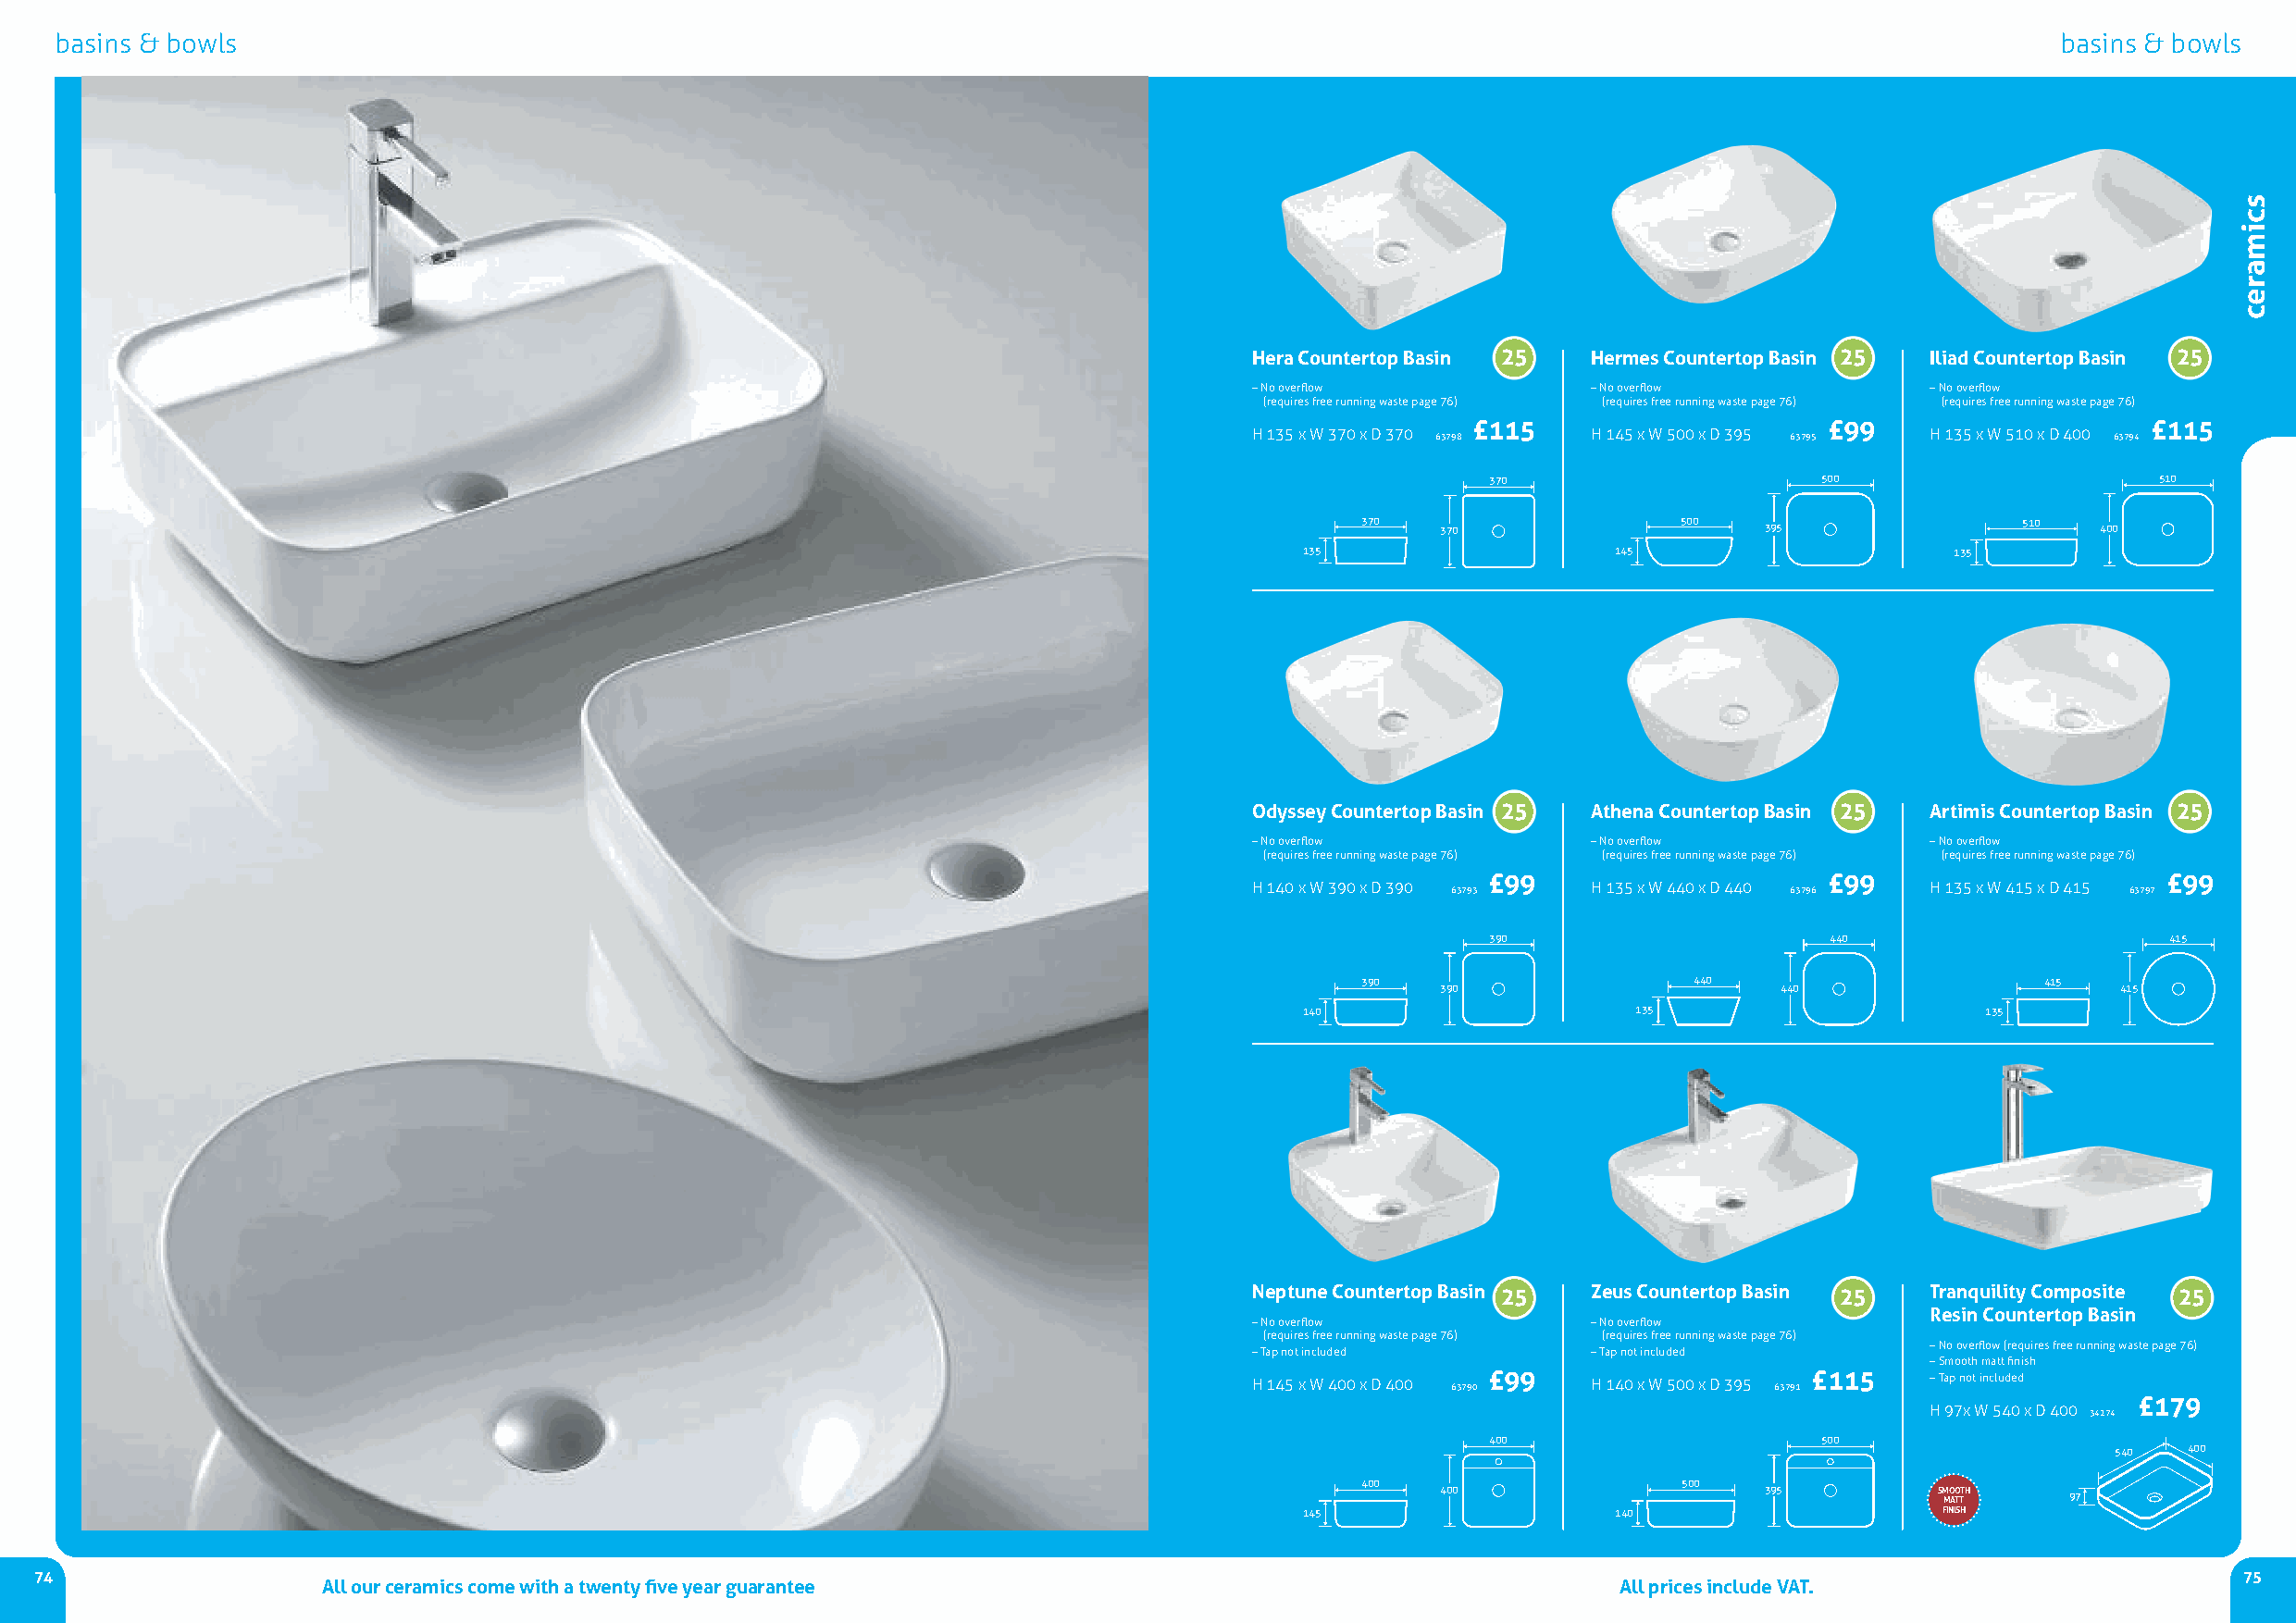
basins & bowls                                                                                                                                 basins & bowls
 Hera CountertopBasin 25 Hermes Countertop Basin 25 Iliad Countertop Basin 25
 –no overflow            –no overflow            –no overflow
 (requires free running waste page 76) (requires free running waste page 76) (requires free running waste page 76)
 £115                      £99                    £115
 H 135 x W 370 x D 370 63798 H 145 x W 500 x D 395 63795 H 135 x W 510 x D 400 63794
 370                    500                     510
 370   370              500   395                510  400
 135                   145                      135
 Odyssey CountertopBasin 25 Athena Countertop Basin 25 Artimis Countertop Basin 25
 –no overflow            –no overflow            –no overflow
 (requires free running waste page 76) (requires free running waste page 76) (requires free running waste page 76)
 £99                      £99                     £99
 H 140 x W 390 x D 390 63793 H 135 x W 440 x D 440 63796 H 135 x W 415 x D 415 63797
 390                     440                     415
 390                     440                      415
 390                     440                      415
 140                     135                      135
 Neptune CountertopBasin 25 Zeus Countertop Basin 25 Tranquility Composite 25
 Resin Countertop Basin
 –no overflow            –no overflow
 (requires free running waste page 76) (requires free running waste page 76)
 –no overflow (requires free running waste page 76)
 –Tap not included       –Tap not included
 –Smooth matt finish
 H 145 x W 400 x D 400 63790 £99 H 140 x W 500 x D 395 63791 £115 –Tap not included
 £179
 H 97x W 540 x D 400 34274
 400                    500
 540  400
 400                    500
 400                    395          SM MO AO TTT H 97
 145                    140                    FINISH
 74                                                                                                                                                            75
 All our ceramics come with a twenty five year guarantee                                      All prices include VAT.
 scimarec